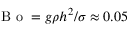
\mathrm { ~ B ~ o ~ } = g \rho h ^ { 2 } / \sigma \approx 0 . 0 5